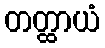
တတ္ထာယံ